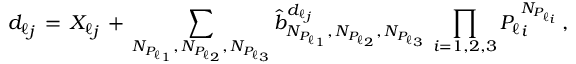
{ d _ { \ell } } _ { j } \, = \, { X _ { \ell } } _ { j } \, + \, \sum _ { N _ { { P _ { \ell } } _ { 1 } } , \, N _ { { P _ { \ell } } _ { 2 } } , \, N _ { { P _ { \ell } } _ { 3 } } } \hat { b } _ { N _ { { P _ { \ell } } _ { 1 } } , \, N _ { { P _ { \ell } } _ { 2 } } , \, N _ { { P _ { \ell } } _ { 3 } } } ^ { { d _ { \ell } } _ { j } } \, \prod _ { i = 1 , 2 , 3 } { P _ { \ell } } _ { i } ^ { N _ { { P _ { \ell } } _ { i } } } \, ,